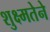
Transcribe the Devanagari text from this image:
शुक्ष्मतेने